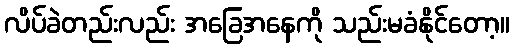
လိပ်ခဲတည်းလည်း အခြေအနေကို သည်းမခံနိုင်တော့။